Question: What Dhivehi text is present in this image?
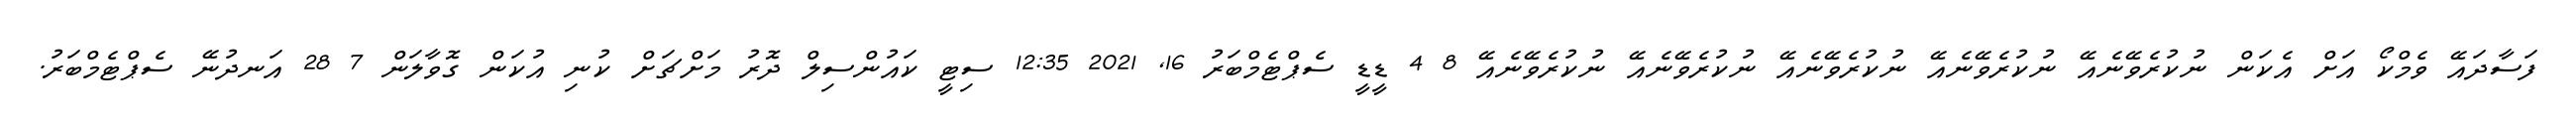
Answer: ފަސާދައޭ ވެމްކޯ އަށް އެކަން ނުކުރެވޭނެއޭ ނުކުރެވޭނެއޭ ނުކުރެވޭނެއޭ ނުކުރެވޭނެއޭ ނުކުރެވޭނެއޭ 8 4 ޑީޑީ ސެޕްޓެމްބަރު 16, 2021 12:35 ސިޓީ ކައުންސިލް ދޮރު މަށްޗަށް ކުނި އުކަން ގޮވާލަން 7 28 އަނދުނޭ ސެޕްޓެމްބަރު.